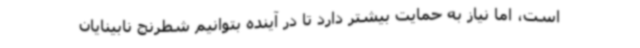
است، اما نیاز به حمایت بیشتر دارد تا در آینده بتوانیم شطرنج نابینایان